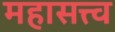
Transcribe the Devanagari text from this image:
महासत्त्व